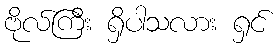
ဗိုလ်ကြီး ရှိပါသလား ရှင်